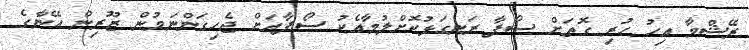
ރޭޝްމާ އިހު ހުރި ގޮތަށް ސޯފާ ރަނގަޅުކޮށްލުމާއެކު ސޯފާއަށް ޖެހިގަންނަމުން ޒޫރިން އޭނާގެ